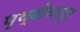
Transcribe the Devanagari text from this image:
पृथ्वीचन्द्र